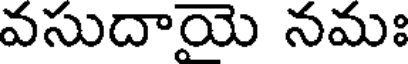
వసుదాయె నమః